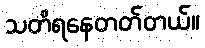
သတိရနေတတ်တယ်။